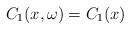
LaTeX: \begin{align*}C_1(x, \omega) = C_1(x) \end{align*}